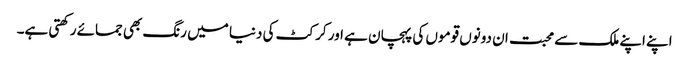
اپنے اپنے ملک سے محبت ان دونوں قوموں کی پہچان ہے اور کرکٹ کی دنیا میں رنگ بھی جمائے رکھتی ہے۔